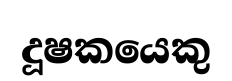
දූෂකයෙකු